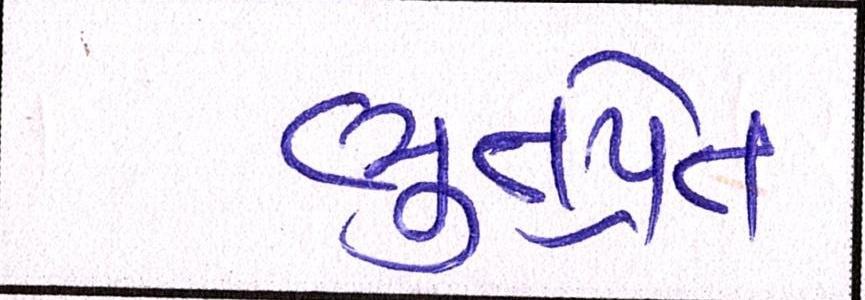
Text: ભુતપ્રેત